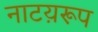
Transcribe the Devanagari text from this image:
नाटय़रूप